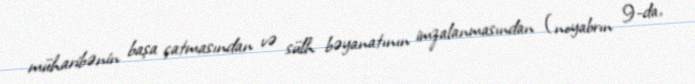
müharibənin başa çatmasından və sülh bəyanatının imzalanmasından (noyabrın 9-da,